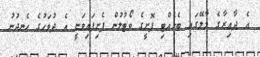
އެ ދާއިރާގެ މާލޭގައި ބެހެއްޓި ފޮށީގެ ވޯޓުލުން ފެށިފައިވަނީ އެ ދުވަހުގެ ހެނދުނު